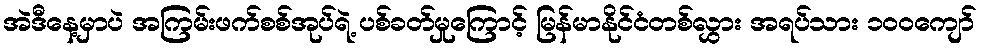
အဲဒီနေ့မှာပဲ အကြမ်းဖက်စစ်အုပ်ရဲ့ ပစ်ခတ်မှုကြောင့် မြန်မာနိုင်ငံတစ်လွှား အရပ်သား ၁၀၀ကျော်